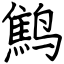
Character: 鹪